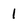
Character: 1